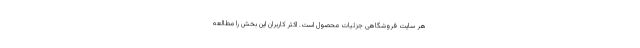
هر سایت فروشگاهی جزئیات محصول است. اکثر کاربران این بخش را مطالعه